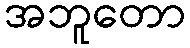
အဘူတော